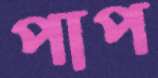
পাপ